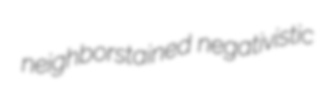
neighborstained negativistic